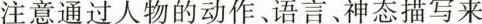
注意通过人物的动作、语言、神态描写来